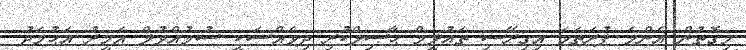
މިގޮތުން އެންމެ ފުރަތަމަ އިގިރޭސި ތަޢުލީމް ޙާޞިލްކުރި ދިވެއްސަކީ ސުމުއްވުލް އަމީރު އަޙުމަދު